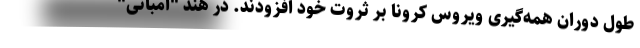
طول دوران همه‌گیری ویروس کرونا بر ثروت خود افزودند. در هند "امبانی"